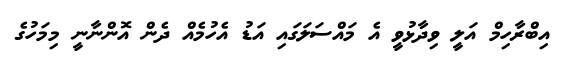
އިބްރާހިމް އަލީ ވިދާޅުވީ އެ މައްސަލަގައި އަޑު އެހުމެއް ދެން އޮންނާނީ މިމަހުގެ